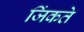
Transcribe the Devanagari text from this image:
जिंकते